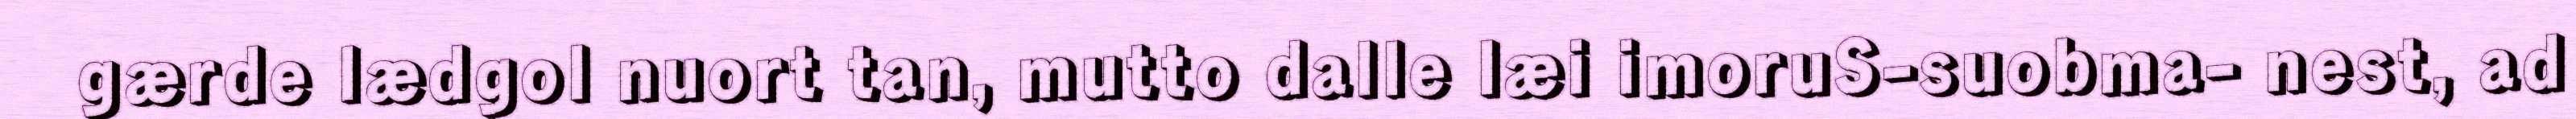
gærde lædgol nuort tan, mutto dalle læi imoruS-suobma- nest, ad